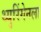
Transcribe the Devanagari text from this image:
थ्युरिंगेनला